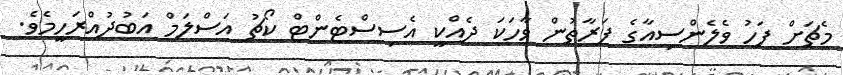
މެޗަށް ފަހު ވެލެންސިއާގެ ފަރާތުން ވާހަކަ ދެއްކީ އެސިސްޓެންޓް ކޯޗު އަސްލަމް އަބުދުއްރަހީމެވެ.